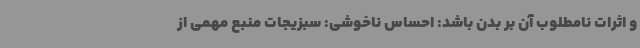
و اثرات نامطلوب آن بر بدن باشد: احساس ناخوشی: سبزیجات منبع مهمی از